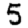
Digit: 5